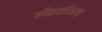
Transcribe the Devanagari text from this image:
लेटर्ससह